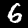
Label: 6